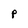
Character: P